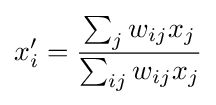
x'_{i}={\frac {\sum _{j}w_{ij}x_{j}}{\sum _{ij}w_{ij}x_{j}}}